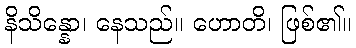
နိသိန္နော၊ နေသည်။ ဟောတိ၊ ဖြစ်၏။